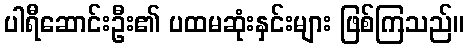
ပါရီဆောင်းဦး၏ ပထမဆုံးနှင်းများ ဖြစ်ကြသည်။